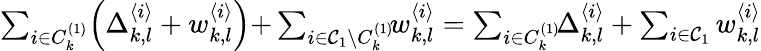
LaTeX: \begin{array}{r}{\sum_{i\in C_{k}^{(1)}}\Bigl(\Delta_{k,l}^{\langle i\rangle}+w_{k,l}^{\langle i\rangle}\Bigl)+\sum_{i\in\mathcal{C}_{1}\backslash C_{k}^{(1)}}\! \! w_{k,l}^{\langle i\rangle}=\sum_{i\in C_{k}^{(1)}}\! \! \Delta_{k,l}^{\langle i\rangle}+\sum_{i\in\mathcal{C}_{1}}w_{k,l}^{\langle i\rangle}}\end{array}